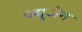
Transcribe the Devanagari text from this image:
ज्यूजेन